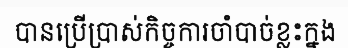
បានប្រើប្រាស់កិច្ចការចាំបាច់ខ្លះក្នង